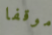
موقفا